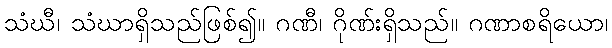
သံဃီ၊ သံဃာရှိသည်ဖြစ်၍။ ဂဏီ၊ ဂိုဏ်းရှိသည်။ ဂဏာစရိယော၊